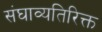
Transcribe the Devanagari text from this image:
संघाव्यतिरिक्त